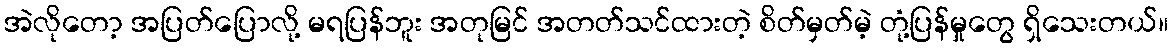
အဲလိုတော့ အပြတ်ပြောလို့ မရပြန်ဘူး အတုမြင် အတတ်သင်ထားတဲ့ စိတ်မှတ်မဲ့ တုံ့ပြန်မှုတွေ ရှိသေးတယ်။